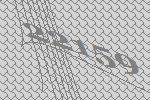
22159